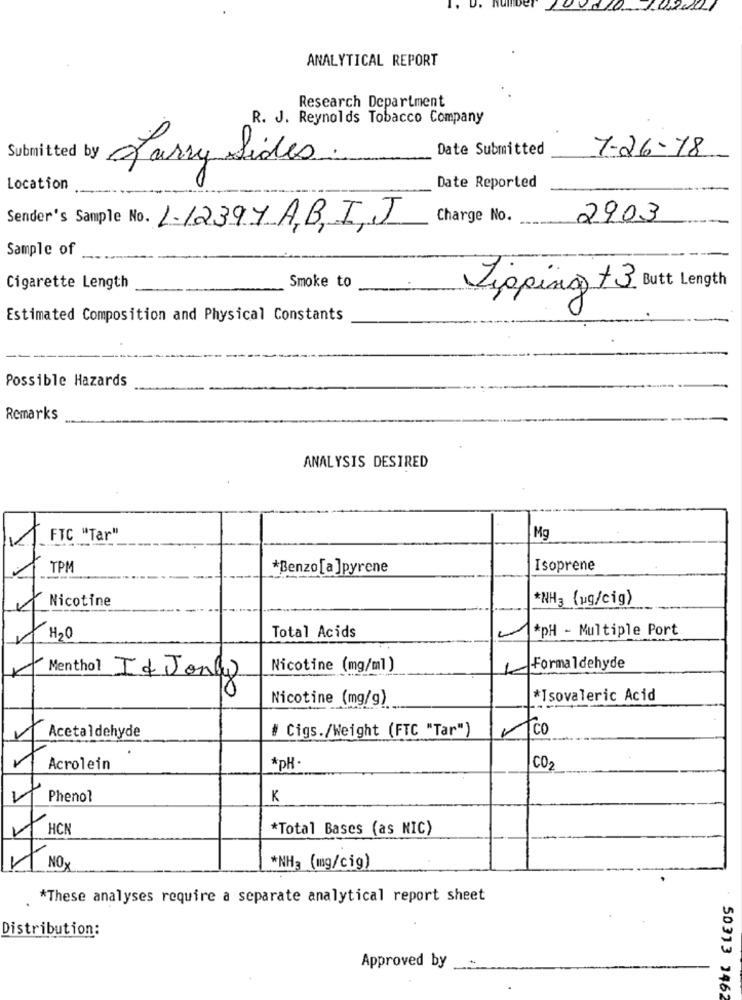
ANALYTICAL REPORT
Research Department
R. J. Reynolds Tobacco Company
Date Submitted
7-26-78
Submitted by
Larry Sides.
Location
Date Reported
Charge No.
2903
Sender's Sample No. 1-12397 A,B, I,J
Sample of
Smoke to
Cigarette Length
Lipping +3
Length
Estimated Composition and Physical Constants
Possible Hazards
Remarks
ANALYSIS DESIRED
V
FTC "Tar"
Mg
TPM
*Benzo [ a ]pyrene
Isoprene
Nicotine
*NH3 (ug/cig)
*pH - Multiple Port
H2O
Total Acids
Menthol
Nicotine (mg/ml)
Formaldehyde
If Jonly
Nicotine (mg/g)
*Isovaleric Acid
# Cigs./Weight (FTC "Tar")
Co
Acetaldehyde
Acrolein
*pH
CO-
Phenol
K
1
HCN
*Total Bases (as NIC)
NO
*NH3 (mg/cig)
*These analyses require a separate analytical report sheet
Distribution:
Approved by
50313 1462